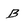
Character: B